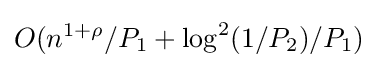
O(n^{1+\rho }/P_{1}+\log ^{2}(1/P_{2})/P_{1})